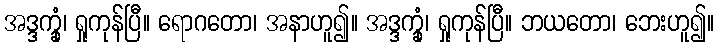
အဒ္ဒက္ခုံ၊ ရှုကုန်ပြီ။ ရောဂတော၊ အနာဟူ၍။ အဒ္ဒက္ခုံ၊ ရှုကုန်ပြီ။ ဘယတော၊ ဘေးဟူ၍။